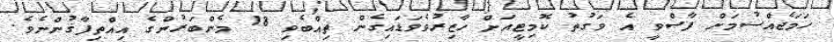
ހަމަޖެއްސުމަށް ފާސްވީ އެ ވަގުތު ކޮމިޓީއަށް ހާޒިރުވެވަޑައިގެން ތިއްބެވި 18 މެންބަރުންގެ އިއްތިފާޤުންނެވެ.